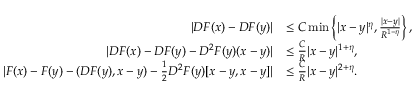
\begin{array} { r l } { | D F ( x ) - D F ( y ) | } & { \le C \operatorname* { m i n } \left\{ | x - y | ^ { \eta } , \frac { | x - y | } { R ^ { 1 - \eta } } \right\} , } \\ { | D F ( x ) - D F ( y ) - D ^ { 2 } F ( y ) ( x - y ) | } & { \le \frac { C } { R } | x - y | ^ { 1 + \eta } , } \\ { | F ( x ) - F ( y ) - ( D F ( y ) , x - y ) - \frac { 1 } { 2 } D ^ { 2 } F ( y ) [ x - y , x - y ] | } & { \le \frac { C } { R } | x - y | ^ { 2 + \eta } . } \end{array}